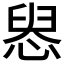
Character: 惥